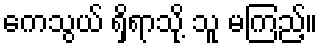
ကေသွယ် ရှိရာသို့ သူ မကြည့်။